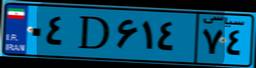
۷۸D۰۹۰۷۶